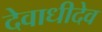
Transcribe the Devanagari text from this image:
देवाधीदेव